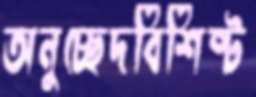
অনুচ্ছেদবিশিষ্ট